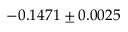
- 0 . 1 4 7 1 \pm 0 . 0 0 2 5